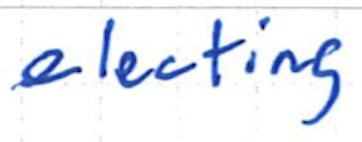
Text: electing
Cross-out: clean
Writing tool: ballpoint